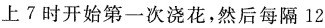
上7时开始第一次浇花，然后每隔12